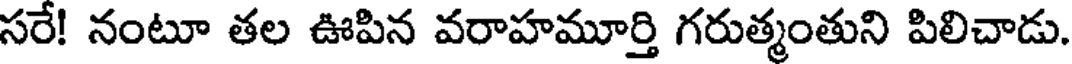
సరే! నంటూ తల ఊపిన వరాహమూర్తి గరుత్మంతుని పిలిచాడు.